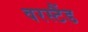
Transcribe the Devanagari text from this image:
वरस्टैंड